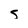
Character: s